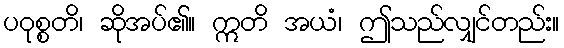
ပဝုစ္စတိ၊ ဆိုအပ်၏။ ဣတိ အယံ၊ ဤသည်လျှင်တည်း။